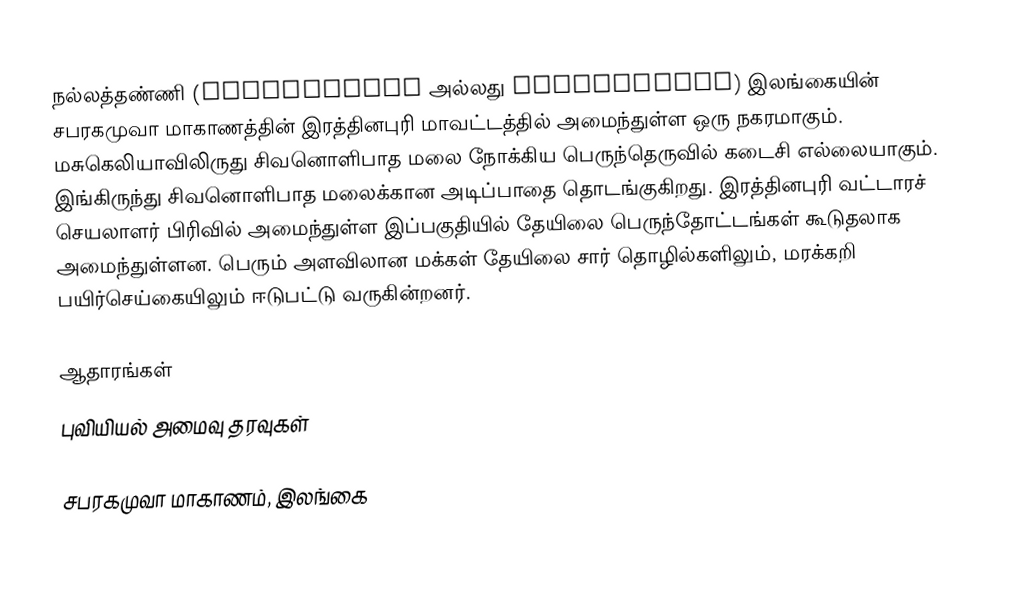
நல்லத்தண்ணி (Nallathanni அல்லது Sitagangula) இலங்கையின் சபரகமுவா மாகாணத்தின் இரத்தினபுரி மாவட்டத்தில் அமைந்துள்ள ஒரு நகரமாகும். மசுகெலியாவிலிருது சிவனொளிபாத மலை நோக்கிய பெருந்தெருவில் கடைசி எல்லையாகும். இங்கிருந்து சிவனொளிபாத மலைக்கான அடிப்பாதை தொடங்குகிறது. இரத்தினபுரி வட்டாரச் செயலாளர் பிரிவில் அமைந்துள்ள இப்பகுதியில் தேயிலை பெருந்தோட்டங்கள் கூடுதலாக அமைந்துள்ளன. பெரும் அளவிலான மக்கள் தேயிலை சார் தொழில்களிலும், மரக்கறி பயிர்செய்கையிலும் ஈடுபட்டு வருகின்றனர்.

ஆதாரங்கள்
புவியியல் அமைவு தரவுகள்

சபரகமுவா மாகாணம், இலங்கை